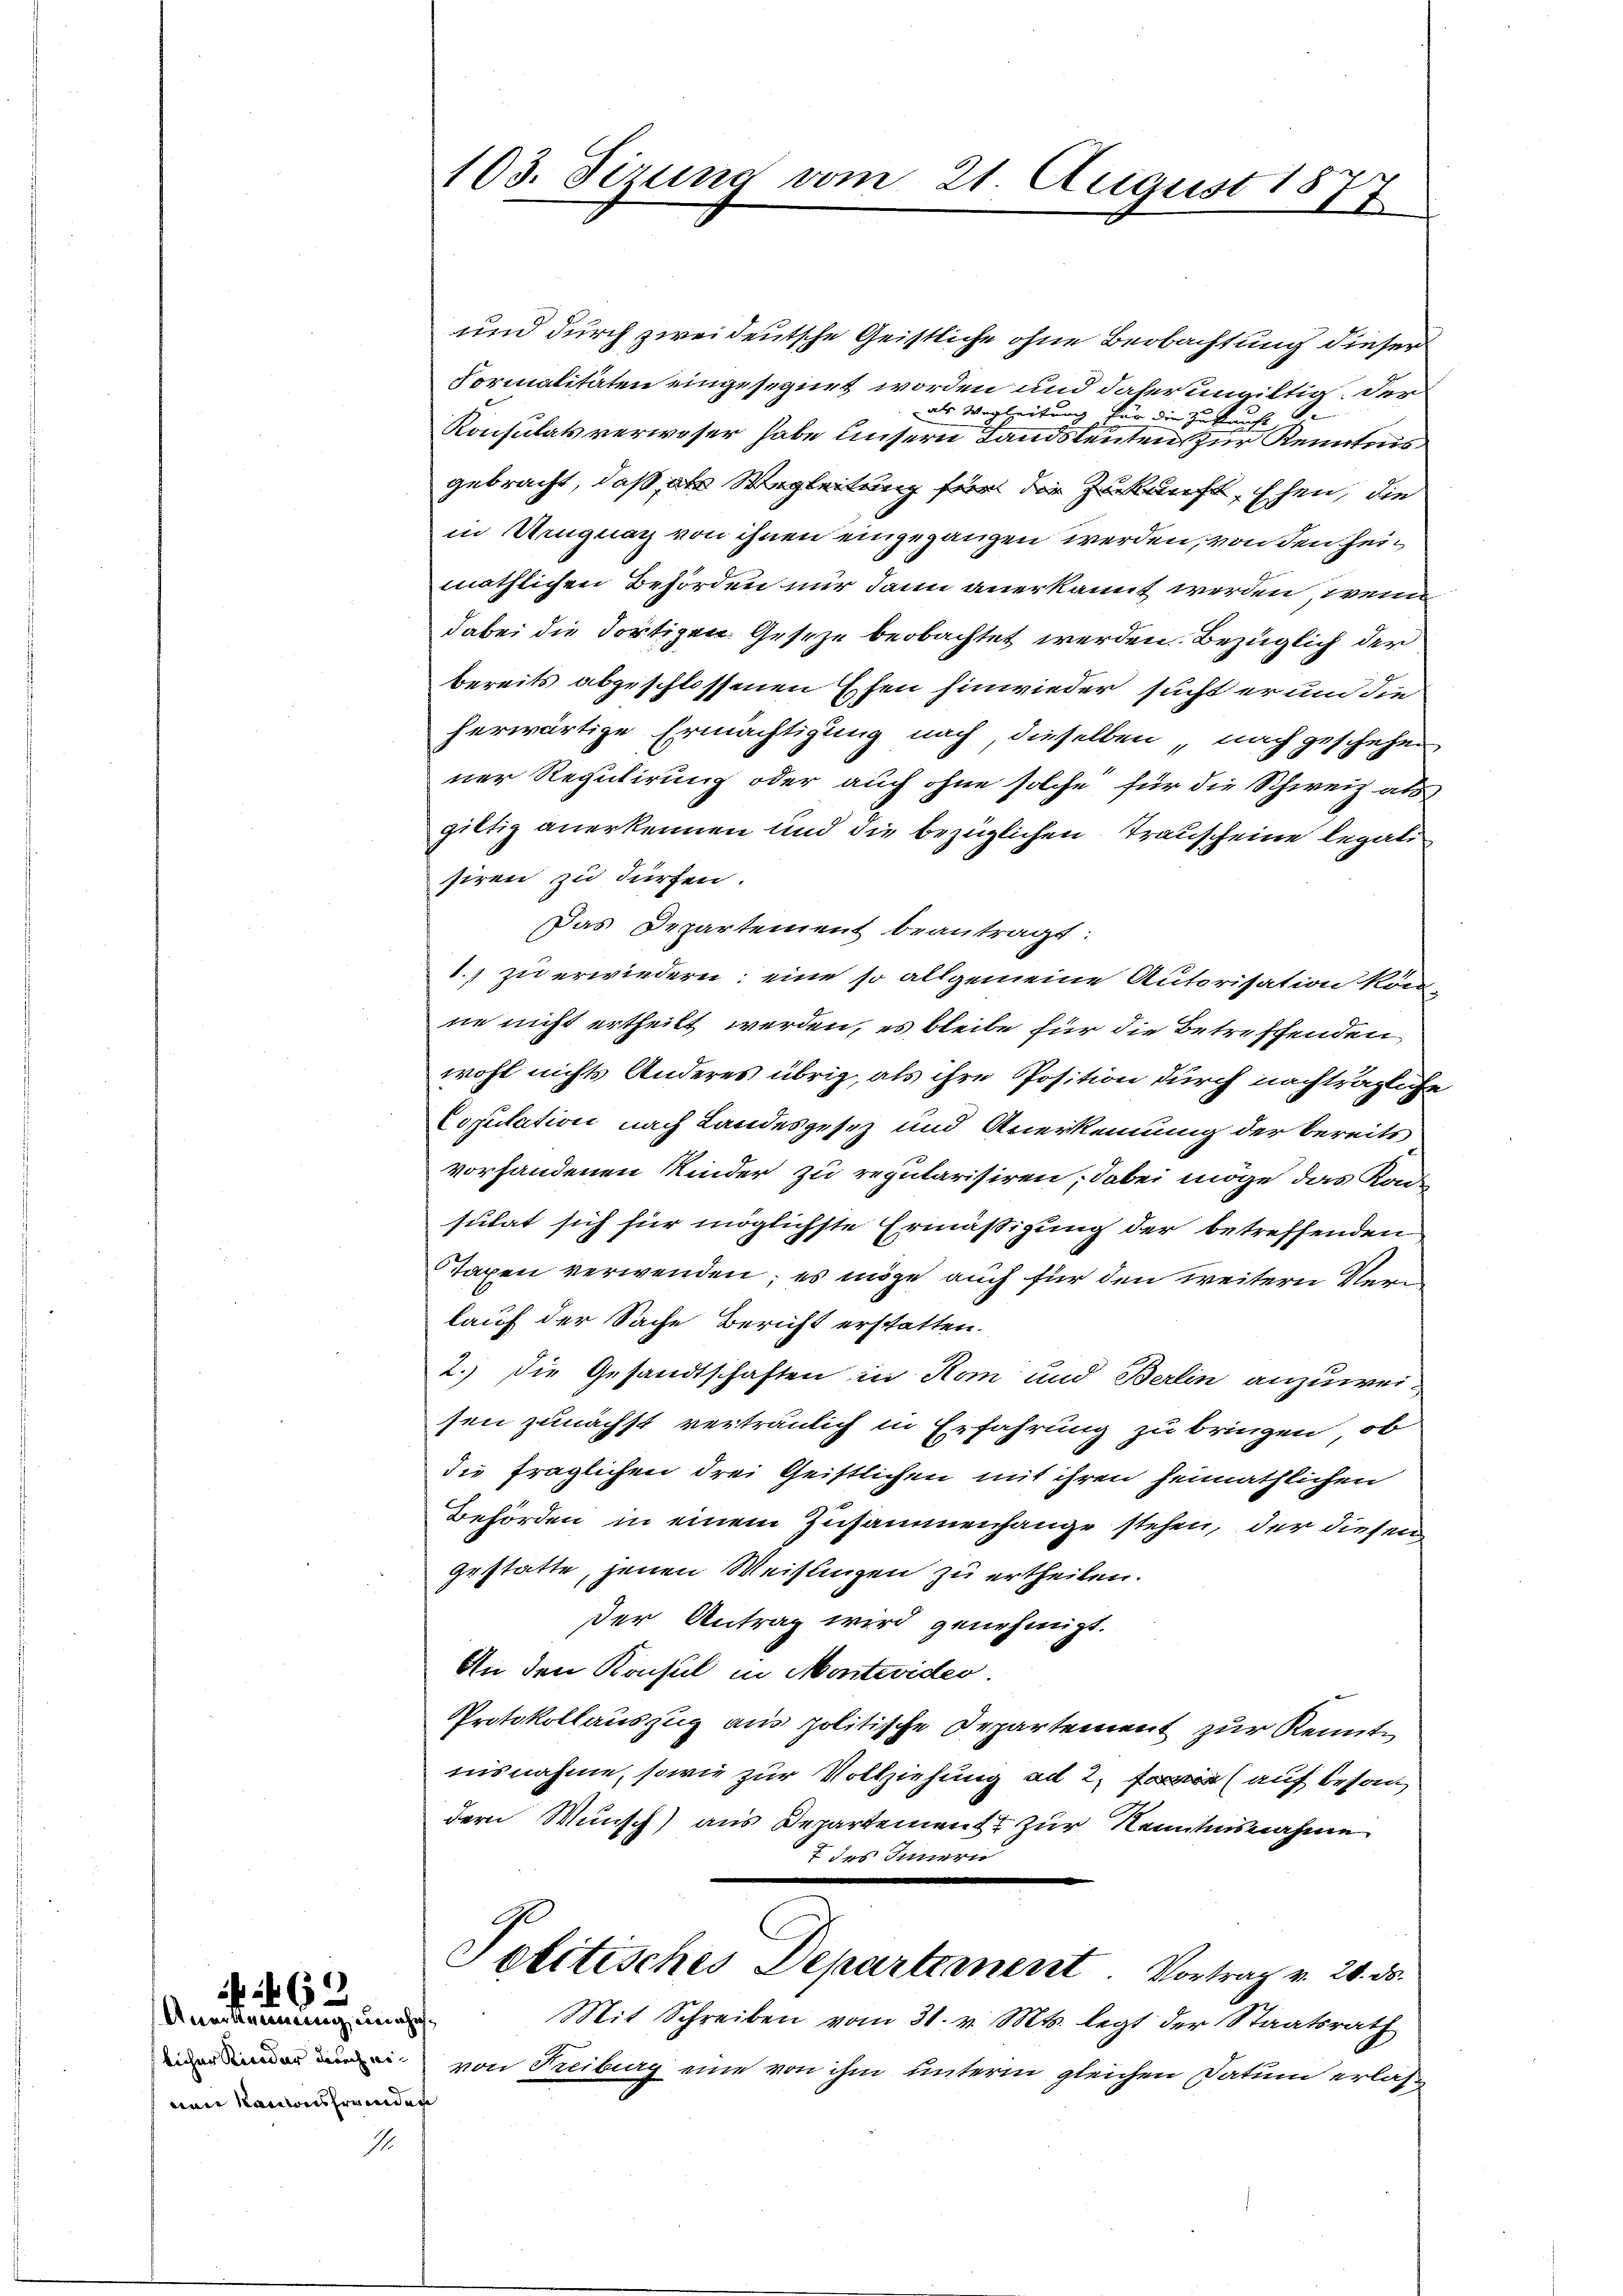
463
Anerkennung, unehe.

nen Kantonsfremden

103. Sizung vom 21. August 1877

und durch zweideutsche Geistliche ohne Beobachtung dieser
Formalitäten eingesegnet worden und daher unwiltig. Der
.
als Wegleitung für die zukauft,
Konsulats verweser habe unsern Landsleuten zur Kenntnis
gebracht, daß als Wegleitung für die Zukunft, Ehen, die
in Ungnach von ihnen eingegangen werden, von den Heimäthlichen Behörden nur dann anerkannt werden, wenn
dabei die dortigen Geseze beobachtet werden. Bezüglich der
bereits abgeschlossenen Ehen hinwieder sucht er und die
herwärtige Ermächtigung nach, dieselben, nach geschehen
ner Regulirung oder auch ohne solche für die Schweiz als
giltig anerkennen und die bezüglichen Trauscheine legali
siren zu dürfen.
Das Departement beantragt:
1.) zu erwiedern: eine so allgemeine Autorisation könn
ne nicht ertheilt werden, es bleibe für die Betreffenden,
wohl nichts Anderes übrig, als ihre Position durch nachträgliche
Copulation nach Landesgesez und Anerkennung der bereits
vorhandenen Kinder zu reputarisiren, dabei möge das Rade
sulat sich für möglichste Ermäßigung der betreffenden
Taxen verwenden; es möge auch für den weitern Verlauf der Sache Bericht erschatten.
2.) Die Gesandtschaften in Rom und Berlin anzuweisen zunächst vertraulich in Erfahrung zu bringen, ob
die fraglichen drei Geistlichen mit ihren heimathlichen
Behörden in einem Zusammenhange stehen, der diesen
gestatte, jenen Weisungen zu ertheilen.
der Antrag wird genehmigt.
An den Konsul in Monteviden.
Protokollauszug aus politische Departement zur Kenntn
nisnahme, sowie zur Vollziehung ad 2., wie auf besan
dern Wunsch) aus Departement zur Kenntnisnahme
f des Innern
Politisches Departement Vortrag v. 20. ds.
Mit Schreiben vom 31. v. Mts. legt der Staatsrath
 von Freiburg eine von ihm unterm gleichen Datum erlass